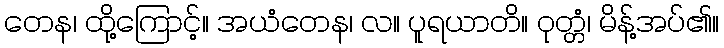
တေန၊ ထို့ကြောင့်။ အယံတေန၊ လ။ ပူရယာတိ။ ဝုတ္တံ၊ မိန့်အပ်၏။